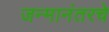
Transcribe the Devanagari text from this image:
जन्मानंतरचे